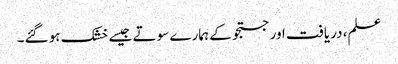
علم، دریافت اور جستجو کے ہمارے سوتے جیسے خشک ہو گئے۔